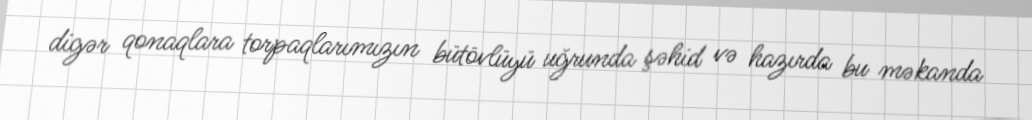
digər qonaqlara torpaqlarımızın bütövlüyü uğrunda şəhid və hazırda bu məkanda